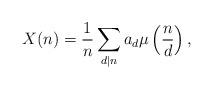
LaTeX: \begin{align*}X(n)=\frac{1}{n}\sum_{d|n}a_d\mu\left(\frac{n}{d}\right),\end{align*}